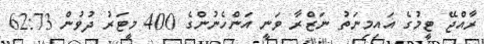
ރާއްޖޭ ޓީމުގެ އައިމިނަތު ނަޒްރާ ވަނީ އަންހެނުންގެ 400 މީޓަރު ދުވުން 62:73